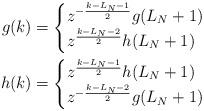
LaTeX: \begin{align*}g(k)& =\begin{cases}z^{-\frac{k - L_N - 1}{2}} g(L_N + 1) & \\z^{\frac{k - L_N - 2}{2}} h(L_N + 1) & \end{cases} \\h(k)& =\begin{cases}z^{\frac{k - L_N - 1}{2}} h(L_N + 1) & \\z^{-\frac{k - L_N - 2}{2}} g(L_N + 1) & \end{cases}\end{align*}